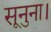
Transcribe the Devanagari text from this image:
सूनुना।